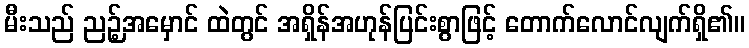
မီးသည် ညဉ့်အမှောင် ထဲတွင် အရှိန်အဟုန်ပြင်းစွာဖြင့် တောက်လောင်လျက်ရှိ၏။